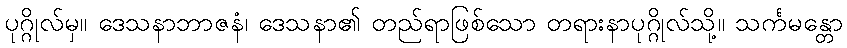
ပုဂ္ဂိုလ်မှ။ ဒေသနာဘာဇနံ၊ ဒေသနာ၏ တည်ရာဖြစ်သော တရားနာပုဂ္ဂိုလ်သို့။ သင်္ကမန္တော